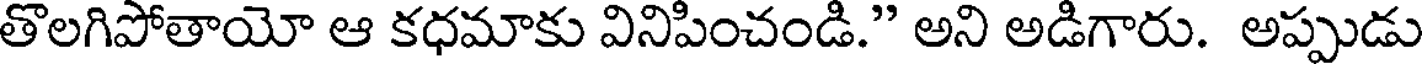
తొలగిపోతాయో ఆ కధమాకు వినిపించండి." అని అడిగారు. అప్పుడు